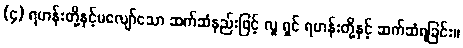
(၄) ရဟန်းတို့နှင့်မလျော်သော ဆက်ဆံနည်းဖြင့် လူ ရှင် ရဟန်းတို့နှင့် ဆက်ဆံရခြင်း။